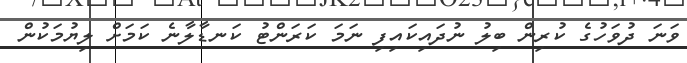
ވަނަ ދުވަހުގެ ކުރިން ބިލު ނުދައިކައިފި ނަމަ ކަރަންޓު ކަނޑާލާނެ ކަމަށް ލިޔުމަކުން